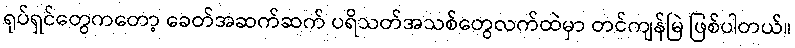
ရုပ်ရှင်တွေကတော့ ခေတ်အဆက်ဆက် ပရိသတ်အသစ်တွေလက်ထဲမှာ တင်ကျန်မြဲ ဖြစ်ပါတယ်။